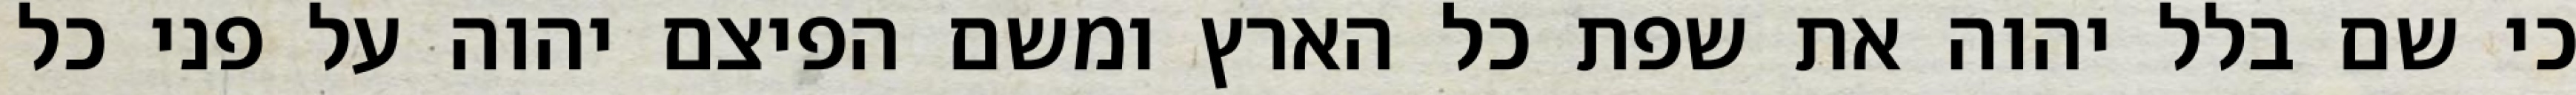
כי שם בלל יהוה את שפת כל הארץ ומשם הפיצם יהוה על פני כל